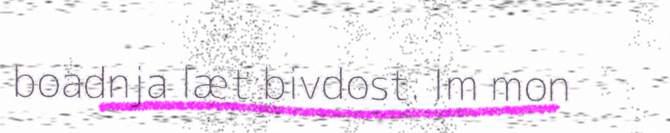
boadnja læt bivdost. Im mon